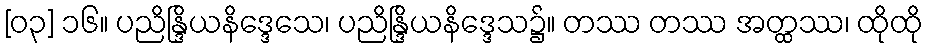
[၀၃] ၁၆။ ပညိန္ဒြိယနိဒ္ဒေသေ၊ ပညိန္ဒြိယနိဒ္ဒေသ၌။ တဿ တဿ အတ္ထဿ၊ ထိုထို